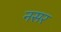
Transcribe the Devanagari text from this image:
नसर